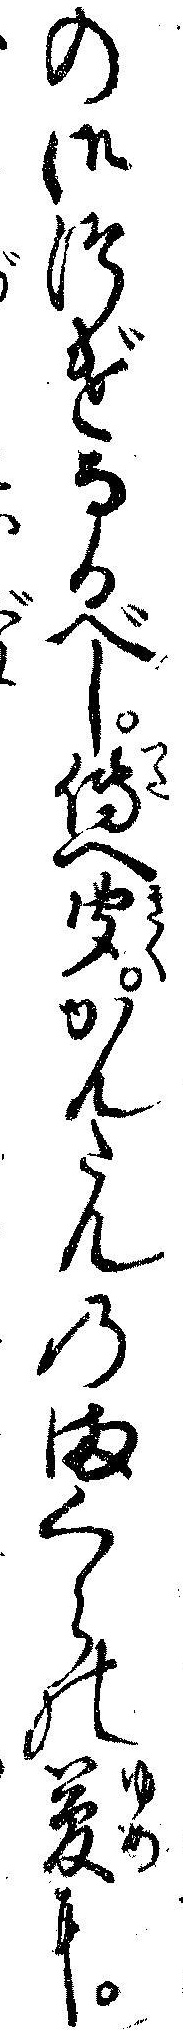
の御つげなるべし伝へ聞かんたんのまくらの夢に